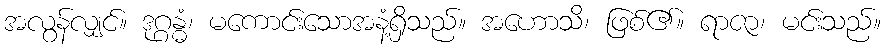
အလွန်လျှင်။ ဒုဂ္ဂန္ဓံ၊ မကောင်းသောအနံ့ရှိသည်။ အဟောသိ၊ ဖြစ်၏။ ရာဇာ၊ မင်းသည်။